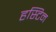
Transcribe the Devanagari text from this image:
हस्टिन